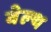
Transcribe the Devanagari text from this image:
वेल्‍थ